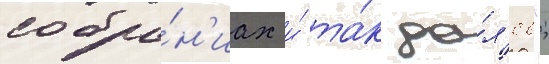
собра́н'иах и́ та́к да́л'ее";